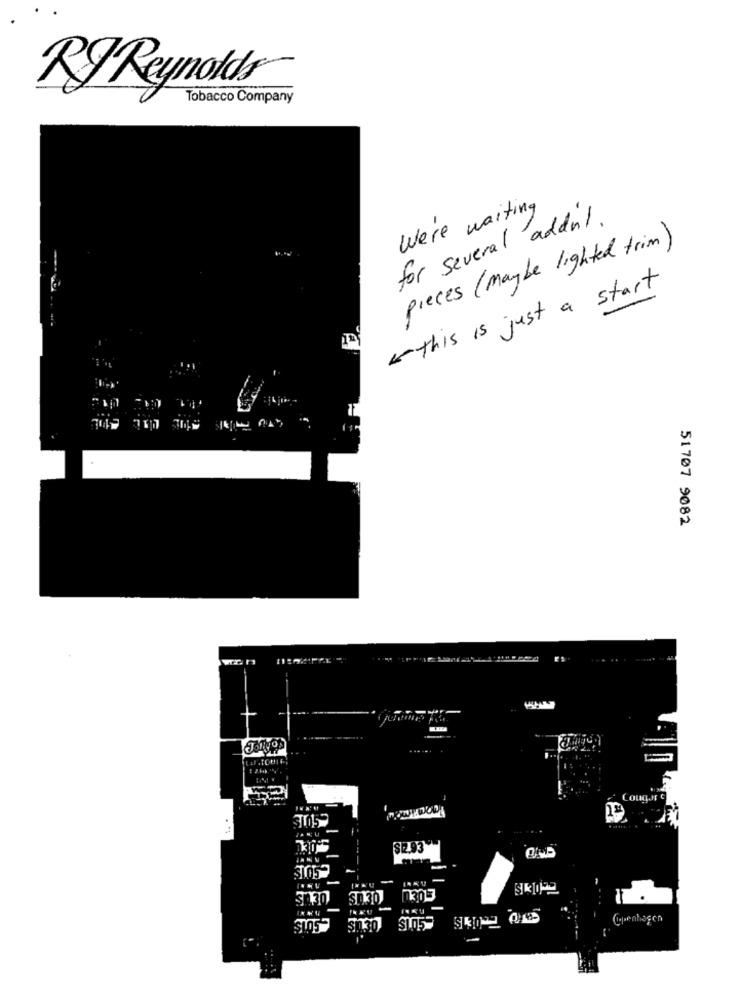
RJReynolds
Tobacco Company
We're waiting
for several addnl .
pieces (maybe lighted trim)
this is just a start
51707 9082
Cougar G
$12.93
SLO
$0.30
030
.
SOIS
SO30